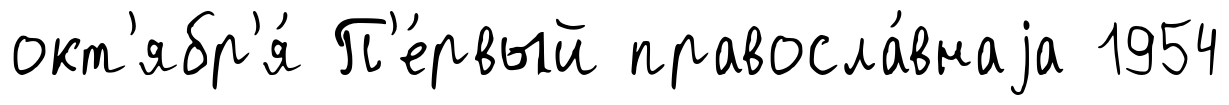
окт'ябр'я́ П'е́рвый правосла́внаjа 1954